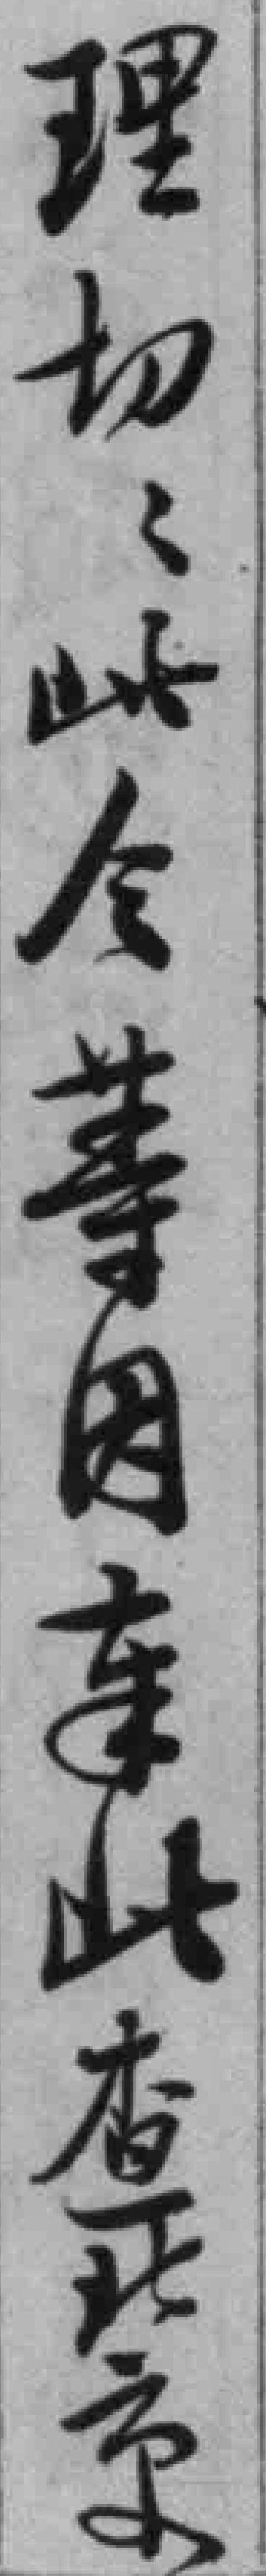
理切切此令等因*此查北京大學為宣傳赤化之總匯巢機